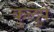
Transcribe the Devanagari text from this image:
कुलुपे